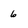
Character: 6